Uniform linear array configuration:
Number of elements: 32
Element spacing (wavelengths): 0.25
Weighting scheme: hann
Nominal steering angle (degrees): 45
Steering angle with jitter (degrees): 44.419
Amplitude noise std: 0.05
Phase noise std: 0.05

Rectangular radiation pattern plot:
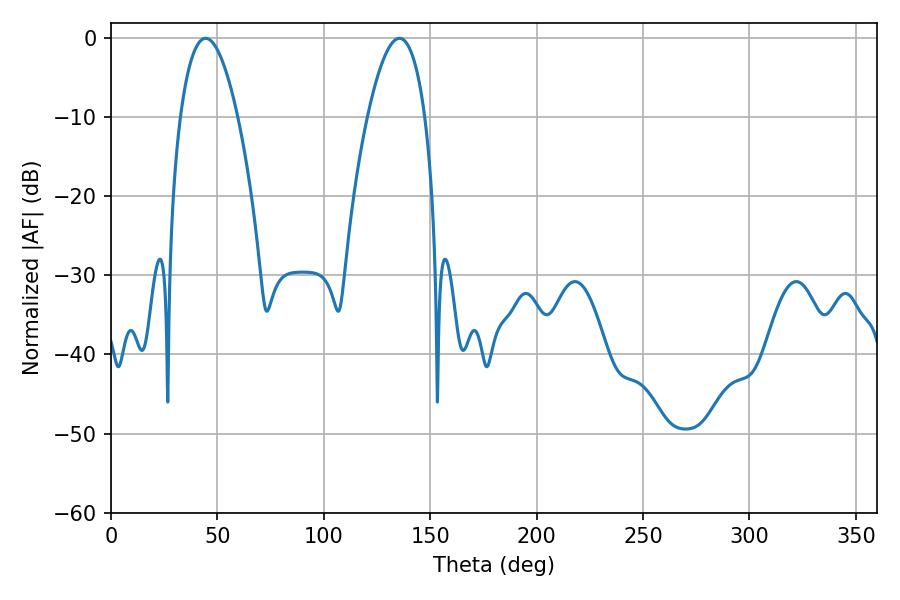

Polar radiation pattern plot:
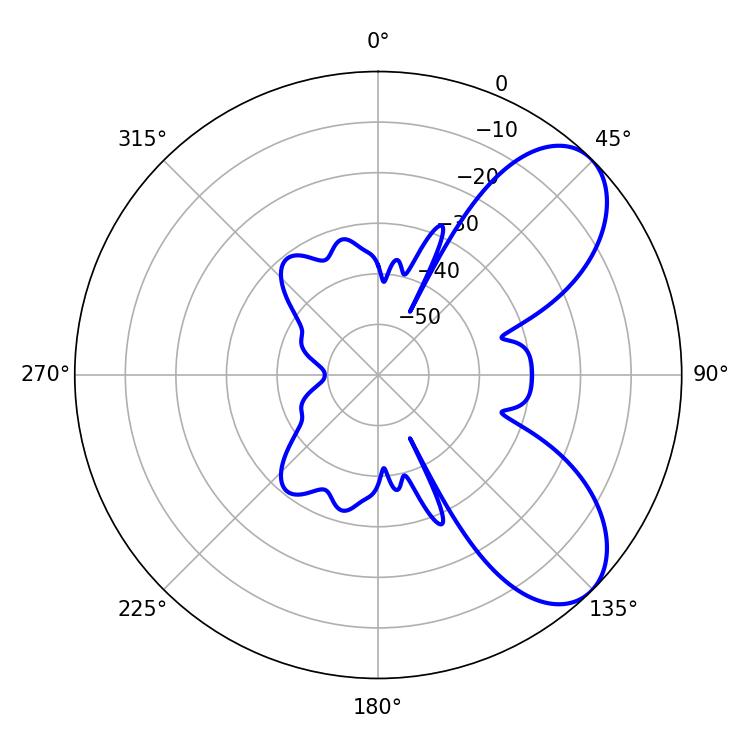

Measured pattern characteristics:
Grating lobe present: FALSE
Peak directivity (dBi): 7.06
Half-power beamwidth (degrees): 14.94
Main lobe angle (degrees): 44.46